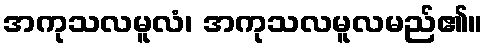
အကုသလမူလံ၊ အကုသလမူလမည်၏။